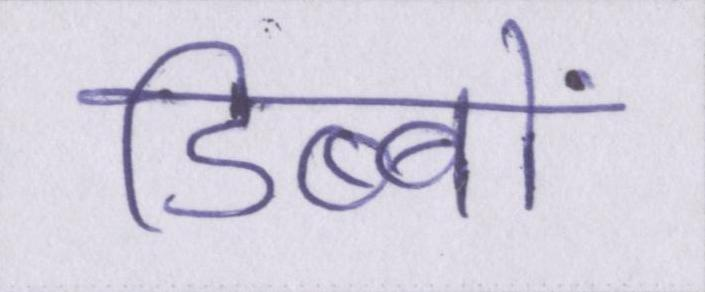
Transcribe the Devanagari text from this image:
डिब्बों